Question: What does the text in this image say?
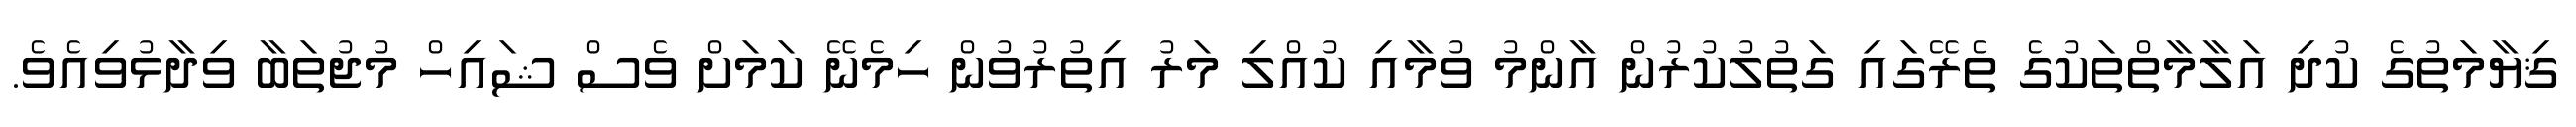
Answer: ޤިޔާމަތުގެ ކުދި އަލާމާތްތަކުގެ ތެރޭގައި ގަތުލުކުރުން އާންމު ވުމާއި ކުއްލި މަރު އިތުރުވުން ހިމެނޭ ކަމަށް ވެސް ޝައިހް މުޖުތަބާ ވިދާޅުވިއެވެ.